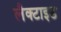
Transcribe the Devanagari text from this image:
लैक्टाइड